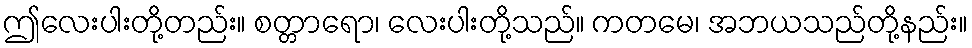
ဤလေးပါးတို့တည်း။ စတ္တာရော၊ လေးပါးတို့သည်။ ကတမေ၊ အဘယသည်တို့နည်း။